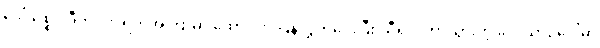
ဒေါ်သစ္စဝါဒီကို ၇၆ ရက်အကြာမှာ ထောင်က ပြန်လွှတ်ပေးပြီး သီရိလင်္ကာသွားတဲ့ လေယာဉ်ပေါ်မှာ